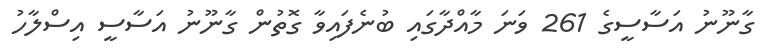
ގާނޫނު އަސާސީގެ 261 ވަނަ މާއްދާގައި ބުނެފައިވާ ގޮތުން ގާނޫނު އަސާސީ އިސްލާހު